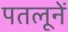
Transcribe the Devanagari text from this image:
पतलूनें